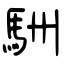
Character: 駲